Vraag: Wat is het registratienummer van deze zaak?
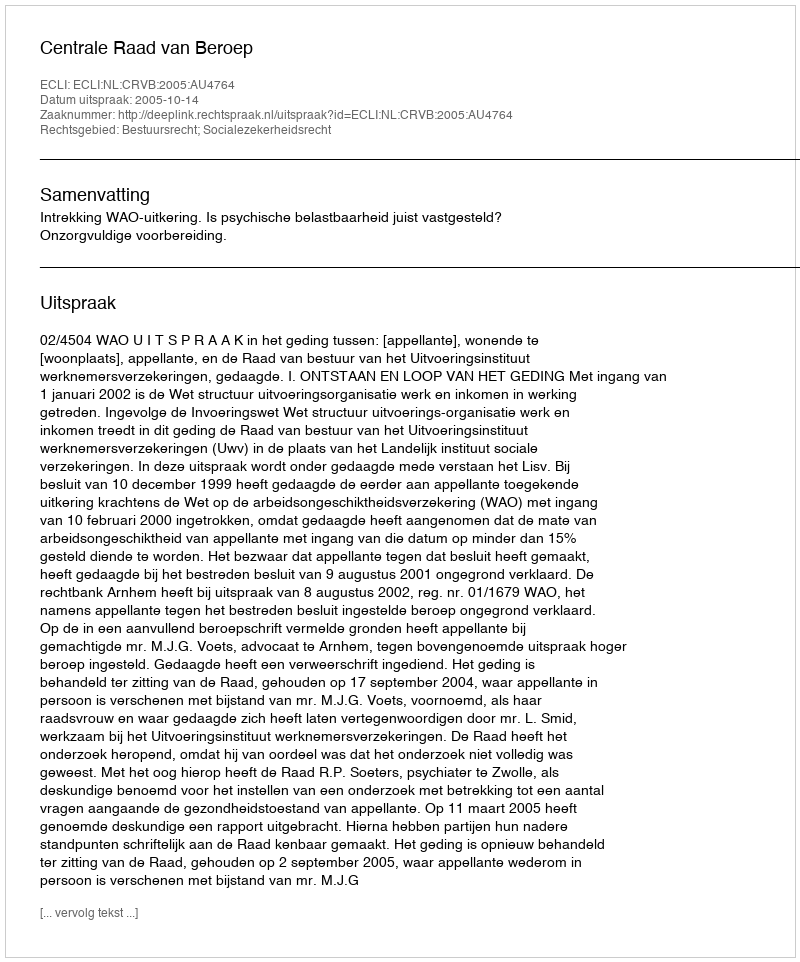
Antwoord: http://deeplink.rechtspraak.nl/uitspraak?id=ECLI:NL:CRVB:2005:AU4764